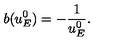
b ( u _ { E } ^ { 0 } ) = - \frac { 1 } { u _ { E } ^ { 0 } } .